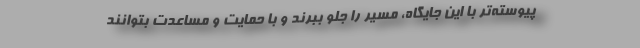
پیوسته‌تر با این جایگاه، مسیر را جلو ببرند و با حمایت و مساعدت بتوانند